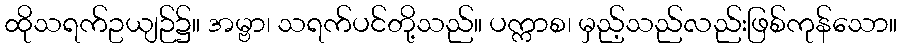
ထိုသရက်ဥယျဉ်၌။ အမ္ဗာ၊ သရက်ပင်တို့သည်။ ပက္ကာစ၊ မှည့်သည်လည်းဖြစ်ကုန်သော။